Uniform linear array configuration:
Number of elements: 64
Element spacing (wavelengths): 0.5
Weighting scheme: cosine
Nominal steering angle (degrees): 45
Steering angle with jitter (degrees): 44.163
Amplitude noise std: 0.05
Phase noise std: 0.05

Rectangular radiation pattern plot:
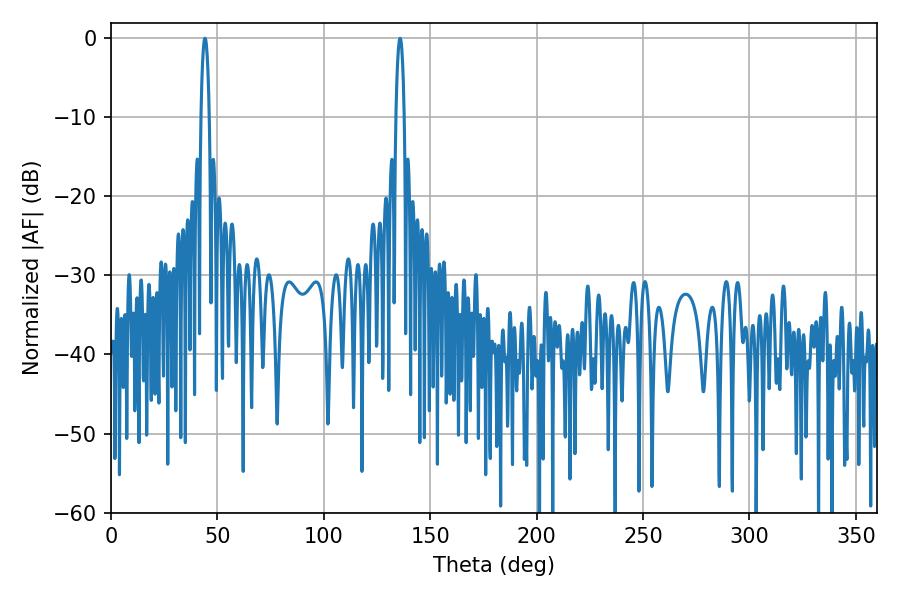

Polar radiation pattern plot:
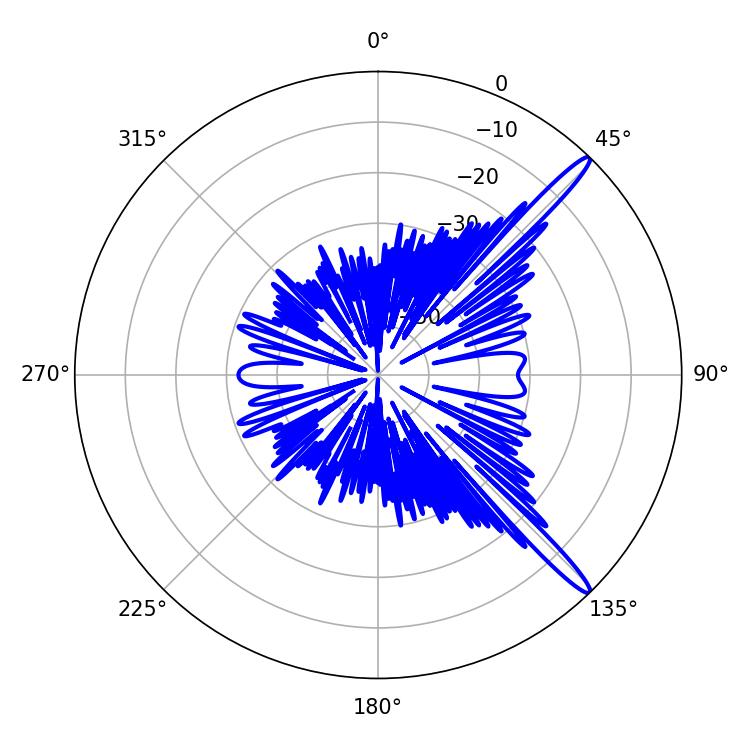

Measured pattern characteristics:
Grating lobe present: FALSE
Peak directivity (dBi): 15.143
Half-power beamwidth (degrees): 2.16
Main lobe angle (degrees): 44.1